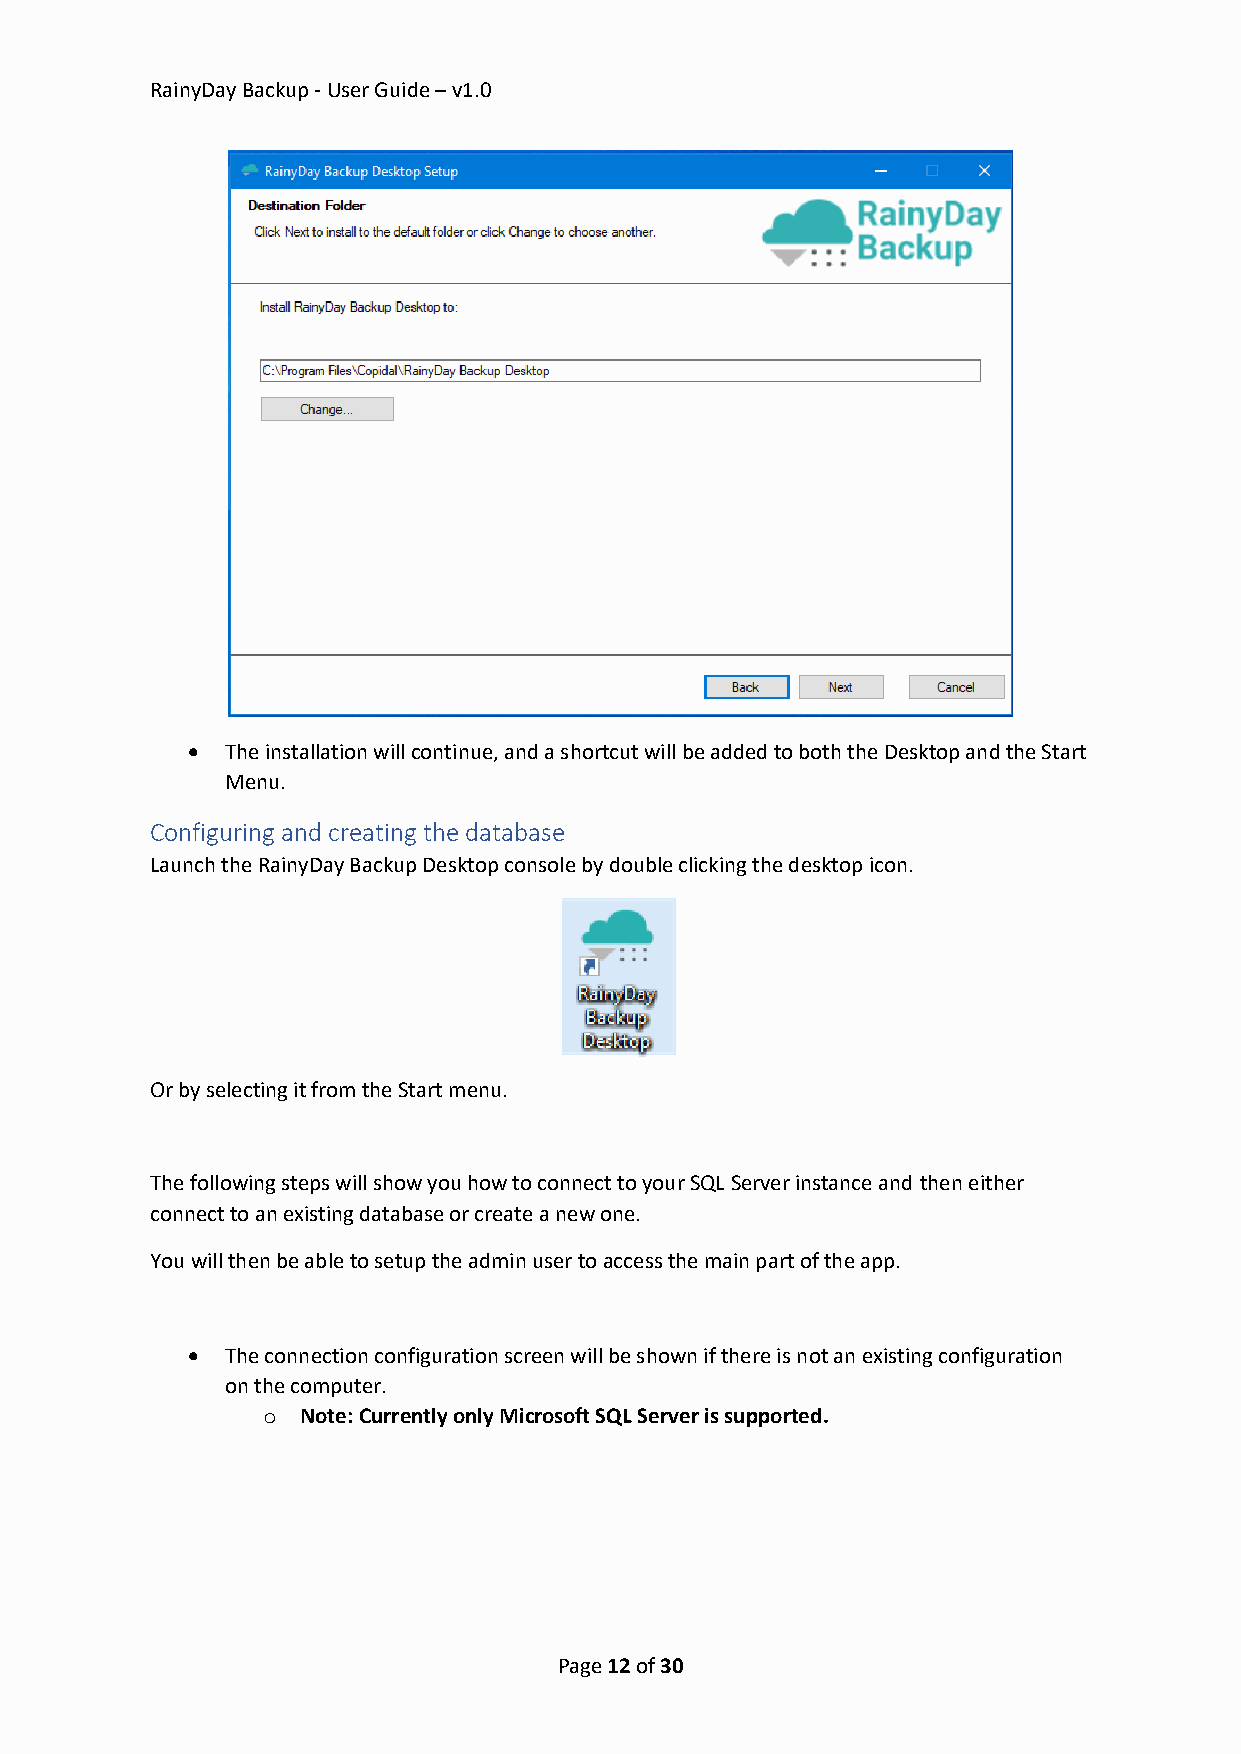
RainyDay Backup - User Guide – v1.0
 •  The installation will continue, and a shortcut will be added to both the Desktop and the Start
 Menu.
 Configuring and creating the database
 Launch the RainyDay Backup Desktop console by double clicking the desktop icon.
 Or by selecting it from the Start menu.
 The following steps will show you how to connect to your SQL Server instance and then either
 connect to an existing database or create a new one.
 You will then be able to setup the admin user to access the main part of the app.
 •  The connection configuration screen will be shown if there is not an existing configuration
 on the computer.
 o  Note: Currently only Microsoft SQL Server is supported.
 Page 12 of 30